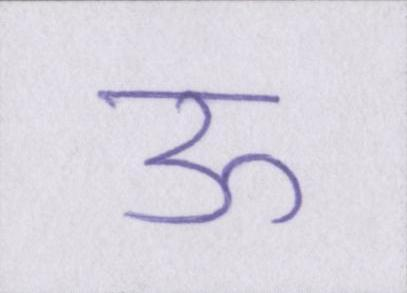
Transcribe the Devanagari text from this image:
ऊ